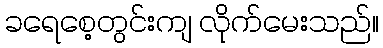
ခရေစေ့တွင်းကျ လိုက်မေးသည်။